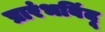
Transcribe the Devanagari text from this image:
प्रारंभबिंदू